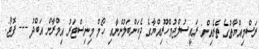
ރަސްމިއްޔާތުގެ ތެރެއިން: ރައީސުލްޖުމްހޫރިއްޔާގެ ދެކަންބަލުންނާއި ހޯމް މިނިސްޓަރު އިމްރާން އަބްދު --- ފޮޓޯ: